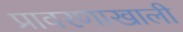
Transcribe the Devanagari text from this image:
प्रावरणाखाली